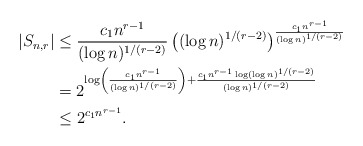
\begin{align*}|S_{n,r}|&\le \frac{c_1n^{r-1}}{(\log n)^{1/(r-2)}} \left((\log n)^{1/(r-2)}\right)^{\frac{c_1n^{r-1}}{(\log n)^{1/(r-2)}}}\\&= 2^{\log\left(\frac{c_1n^{r-1}}{(\log n)^{1/(r-2)}}\right)+\frac{c_1n^{r-1}\log(\log n)^{1/(r-2)}}{(\log n)^{1/(r-2)}}}\\&\le2^{c_1n^{r-1}}.\end{align*}